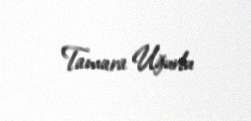
Tamara Uğurlu